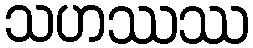
သဟဿဿ